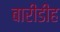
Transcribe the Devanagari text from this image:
बारीडीह